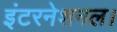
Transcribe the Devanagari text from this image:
इंटरनेशनल।